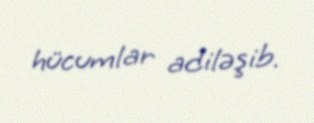
hücumlar adiləşib.